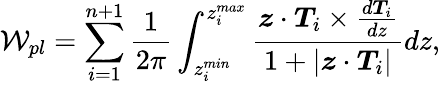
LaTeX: \mathcal{W}_{pl}=\mathop{\sum_{i=1}^{n+1}}\frac{1}{2\pi}\int_{z_{i}^{min}}^{z_{i}^{max}}\frac{\boldsymbol{z}\cdot\boldsymbol{T}_{i}\times\frac{d\boldsymbol{T}_{i}}{dz}}{1+|\boldsymbol{z}\cdot\boldsymbol{T}_{i}|}dz,